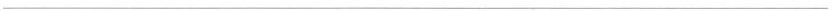
___